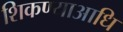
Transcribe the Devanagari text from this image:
शिकण्याआधि